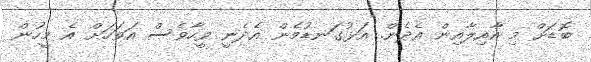
ބޮޑަށް މި އާއިލާއިން އެދެން. އަޅުގަނޑުމެން އެެދެނީ ވީހާވެސް އަވަހަށް އެ މީހުން